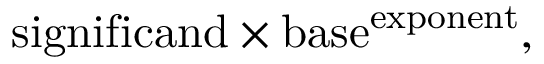
{ \mathrm { s i g n i f i c a n d } } \times { \mathrm { b a s e } } ^ { \mathrm { e x p o n e n t } } ,